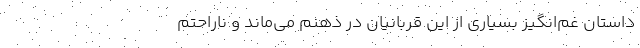
داستان غم‌انگیز بسیاری از این قربانیان در ذهنم می‌ماند و ناراحتم